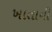
ખાતાની